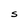
Character: S